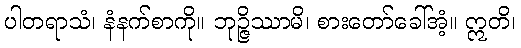
ပါတရာသံ၊ နံနက်စာကို။ ဘုဉ္ဇိဿာမိ၊ စားတော်ခေါ်အံ့။ ဣတိ၊